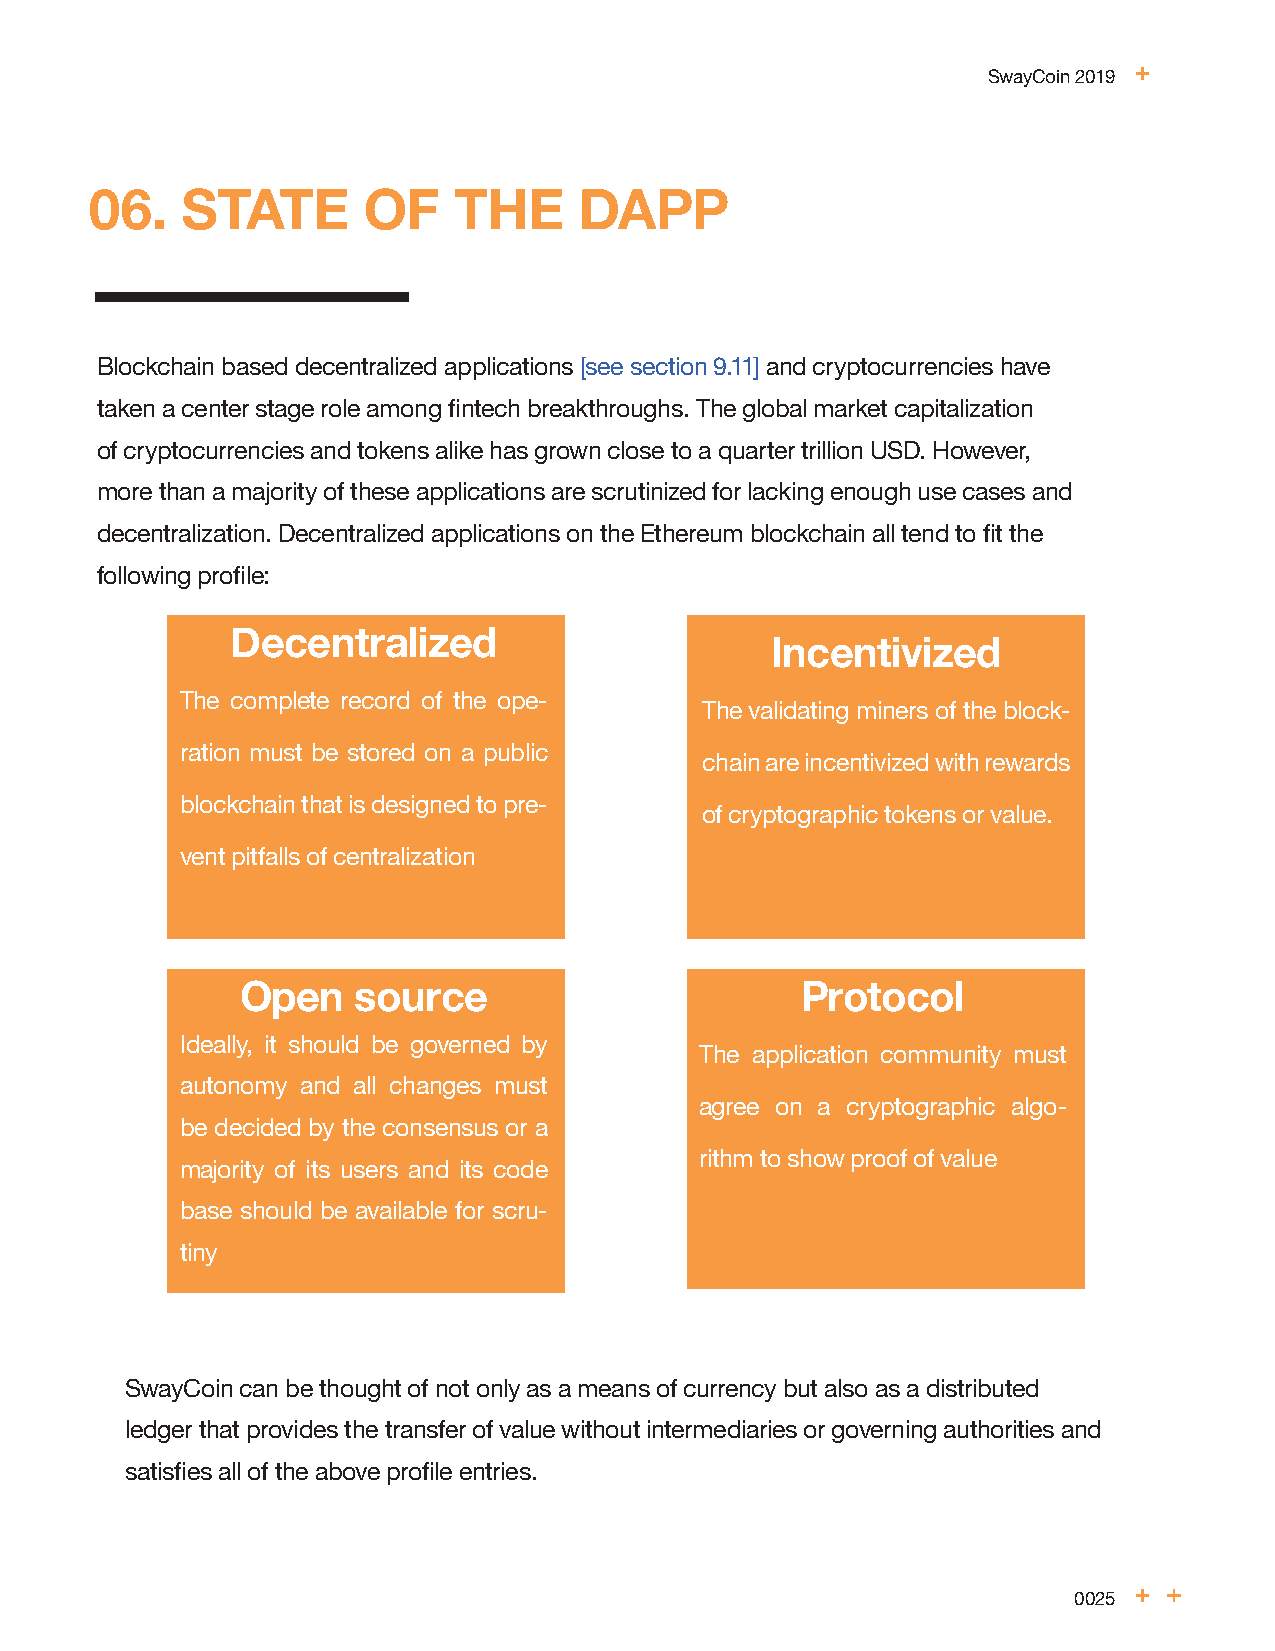
SwayCoin 2019
 06.   STATE       OF    THE     DAPP
 Blockchain based decentralized applications [see section 9.11] and cryptocurrencies have
 taken a center stage role among fintech breakthroughs. The global market capitalization
 of cryptocurrencies and tokens alike has grown close to a quarter trillion USD. However,
 more than a majority of these applications are scrutinized for lacking enough use cases and
 decentralization. Decentralized applications on the Ethereum blockchain all tend to fit the
 following profile:
 Decentralized
 Incentivized
 The complete record of the ope-
 The validating miners of the block-
 ration must be stored on a public
 chain are incentivized with rewards
 blockchain that is designed to pre-
 of cryptographic tokens or value.
 vent pitfalls of centralization
 Open   source                        Protocol
 Ideally, it should be governed by
 The application community must
 autonomy and all changes must
 agree on a cryptographic algo-
 be decided by the consensus or a
 rithm to show proof of value
 majority of its users and its code
 base should be available for scru-
 tiny
 SwayCoin can be thought of not only as a means of currency but also as a distributed
 ledger that provides the transfer of value without intermediaries or governing authorities and
 satisfies all of the above profile entries.
 0025